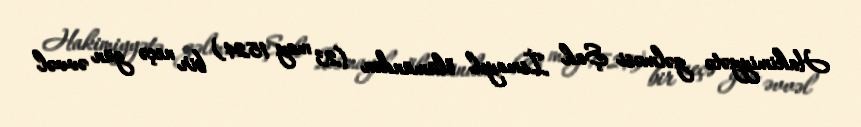
Hakimiyyətə gəlməsi Şah İsmayıl ölümündən (23 may 1524) bir neçə gün əvvəl